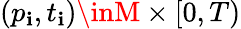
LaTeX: (p_{\mathbf{i}},t_{\mathbf{i}})\inM\times[0,T)